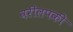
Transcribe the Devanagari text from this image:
वरीलपकी